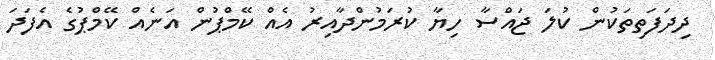
ދިދަފަތިތަކުން ކުލަ ޖައްސާ ހިޔާ ކުރަމުންދާއިރު އެއް ކޭމްޕުން އަނެއް ކޭމްޕުގެ އެފަދަ